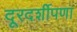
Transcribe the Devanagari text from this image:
दूरदर्शीपणा